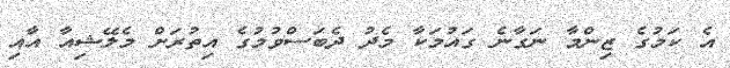
އެ ކަމުގެ ޒިންމާ ނަގާނެ ގައުމަކާ މެދު ދެބަސްވުމުގެ އިތުރަށް މެލޭޝިއާ އާއި